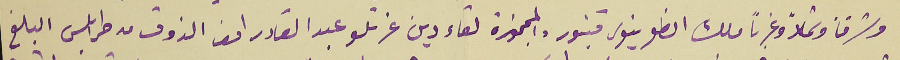
وشرقاً وشمالاً وغرباً ملك انطونيوس قنبور والمحجوزة لقاء دين عزتلو عبد القادر انور الذوق من طرابلس البالغ